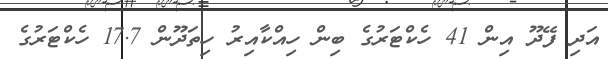
އަދި ފޭދޫ އިން 41 ހެކްޓަރުގެ ބިން ހިއްކާއިރު ހިތަދޫން 17.7 ހެކްޓަރުގެ